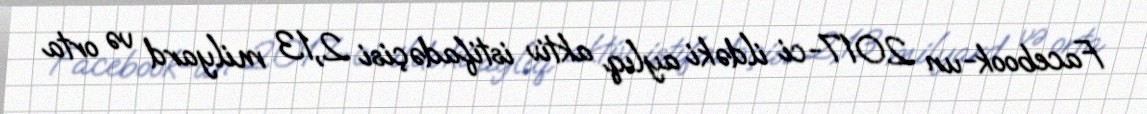
Facebook-un 2017-ci ildəki aylıq aktiv istifadəçisi 2,13 milyard və orta